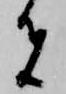
者